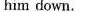
him down.